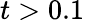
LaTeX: t>0.1